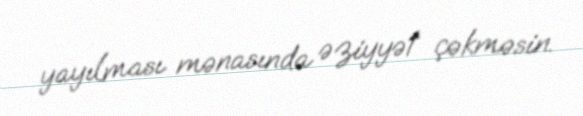
yayılması mənasında əziyyət çəkməsin.